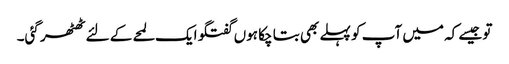
تو جیسے کہ میں آپ کو پہلے بھی بتا چکا ہوں گفتگو ایک لمحے کے لئے ٹھٹھر گئی۔